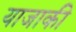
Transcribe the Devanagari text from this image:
याजाकी